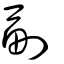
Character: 副